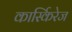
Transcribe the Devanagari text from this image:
कार्स्किरेज